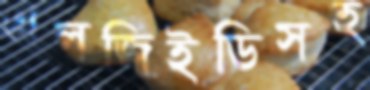
এলজিইডিসহ